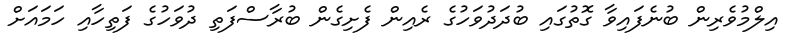
އިލްމުވެރިން ބުނެފައިވާ ގޮތުގައި ބުދަދުވަހުގެ ރެއިން ފެށިގެން ބުރާސްފަތި ދުވަހުގެ ފަތިހާއި ހަމައަށް